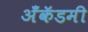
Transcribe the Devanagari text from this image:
अँकॅडमी